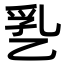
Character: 㐠